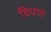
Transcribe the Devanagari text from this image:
विधयों